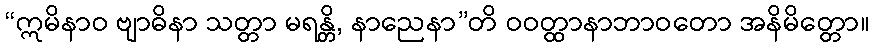
“ဣမိနာဝ ဗျာဓိနာ သတ္တာ မရန္တိ, နာညေနာ”တိ ဝဝတ္ထာနာဘာဝတော အနိမိတ္တော။